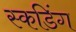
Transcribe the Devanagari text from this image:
स्कडिंग